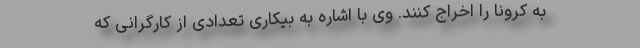
به کرونا را اخراج کنند. وی با اشاره به بیکاری تعدادی از کارگرانی که